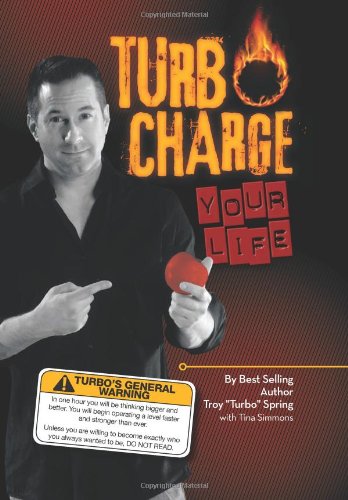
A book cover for Turbo Charge Your Life; Troy ''Turbo'' Spring; Business & Money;